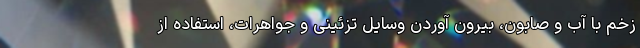
زخم با آب و صابون، بیرون آوردن وسایل تزئینی و جواهرات، استفاده از